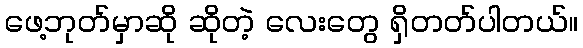
ဖေ့ဘုတ်မှာဆို ဆိုတဲ့ လေးတွေ ရှိတတ်ပါတယ်။